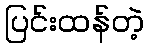
ပြင်းထန်တဲ့